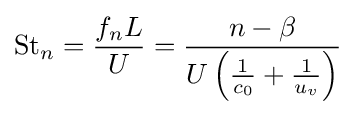
{\text{St}}_{n}={\frac {f_{n}L}{U}}={\frac {n-\beta }{U\left({\frac {1}{c_{0}}}+{\frac {1}{u_{v}}}\right)}}